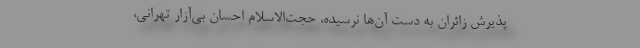
پذیرش زائران به دست آن‌ها نرسیده، حجت‌الاسلام احسان بی‌آزار تهرانی،